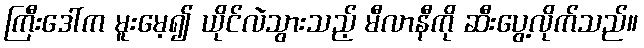
ကြီးဒေါ်က မူးမေ့၍ ယိုင်လဲသွားသည့် မီလာနီကို ဆီးပွေ့လိုက်သည်။